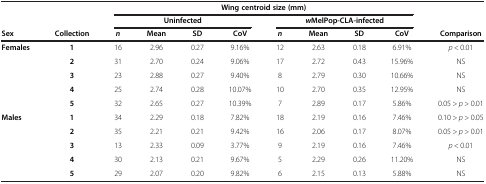
<table><thead><tr><td><b> </b></td><td><b> </b></td><td colspan="8"><b>Wing centroid size (mm)</b></td><td><b> </b></td></tr><tr><td><b> </b></td><td><b> </b></td><td colspan="4"><b>Uninfected</b></td><td colspan="4"><b><i>w</i>MelPop-CLA-infected</b></td><td><b> </b></td></tr><tr><td><b>Sex</b></td><td><b>Collection</b></td><td><b><i>n</i></b></td><td><b>Mean</b></td><td><b>SD</b></td><td><b>CoV</b></td><td><b><i>n</i></b></td><td><b>Mean</b></td><td><b>SD</b></td><td><b>CoV</b></td><td><b>Comparison</b></td></tr></thead><tbody><tr><td><b>Females</b></td><td><b>1</b></td><td>16</td><td>2.96</td><td>0.27</td><td>9.16%</td><td>12</td><td>2.63</td><td>0.18</td><td>6.91%</td><td><i>p</i> &lt; 0.01</td></tr><tr><td> </td><td><b>2</b></td><td>31</td><td>2.70</td><td>0.24</td><td>9.06%</td><td>17</td><td>2.72</td><td>0.43</td><td>15.96%</td><td>NS</td></tr><tr><td> </td><td><b>3</b></td><td>23</td><td>2.88</td><td>0.27</td><td>9.40%</td><td>8</td><td>2.79</td><td>0.30</td><td>10.66%</td><td>NS</td></tr><tr><td> </td><td><b>4</b></td><td>25</td><td>2.74</td><td>0.28</td><td>10.07%</td><td>10</td><td>2.70</td><td>0.35</td><td>12.95%</td><td>NS</td></tr><tr><td> </td><td><b>5</b></td><td>32</td><td>2.65</td><td>0.27</td><td>10.39%</td><td>7</td><td>2.89</td><td>0.17</td><td>5.86%</td><td>0.05 &gt; <i>p</i> &gt; 0.01</td></tr><tr><td><b>Males</b></td><td><b>1</b></td><td>34</td><td>2.29</td><td>0.18</td><td>7.82%</td><td>18</td><td>2.19</td><td>0.16</td><td>7.46%</td><td>0.10 &gt; <i>p</i> &gt; 0.05</td></tr><tr><td> </td><td><b>2</b></td><td>35</td><td>2.21</td><td>0.21</td><td>9.42%</td><td>16</td><td>2.06</td><td>0.17</td><td>8.07%</td><td>0.05 &gt; <i>p</i> &gt; 0.01</td></tr><tr><td> </td><td><b>3</b></td><td>13</td><td>2.33</td><td>0.09</td><td>3.77%</td><td>9</td><td>2.19</td><td>0.16</td><td>7.46%</td><td><i>p</i> &lt; 0.01</td></tr><tr><td> </td><td><b>4</b></td><td>30</td><td>2.13</td><td>0.21</td><td>9.67%</td><td>5</td><td>2.29</td><td>0.26</td><td>11.20%</td><td>NS</td></tr><tr><td> </td><td><b>5</b></td><td>29</td><td>2.07</td><td>0.20</td><td>9.82%</td><td>6</td><td>2.15</td><td>0.13</td><td>5.88%</td><td>NS</td></tr></tbody></table>